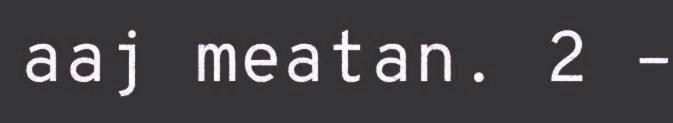
aaj meatan. 2 –